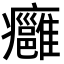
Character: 癰